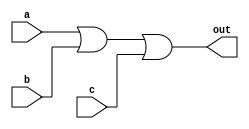
module comb_logic_or(
    input a,
    input b,
    input c,
    output reg out
);

always @(*)
begin
    out = a | b | c;
end

endmodule